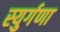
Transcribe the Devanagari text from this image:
स्युर्गणा